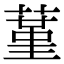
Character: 蓳